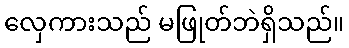
လှေကားသည် မဖြုတ်ဘဲရှိသည်။